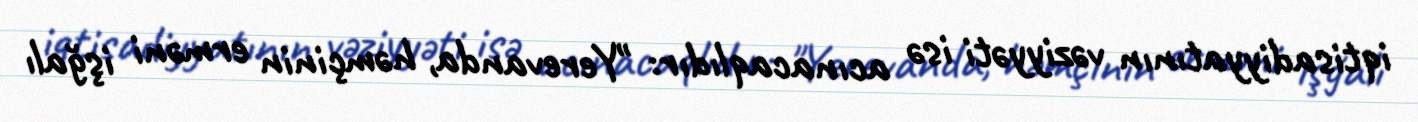
iqtisadiyyatının vəziyyəti isə acınacaqlıdır: "Yerevanda, həmçinin erməni işğalı